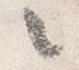
々